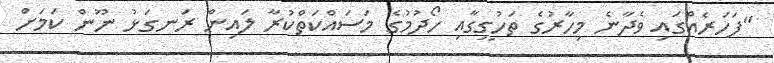
"ފަހަރެއްގައި ވެދާނެ މިހާރުގެ ތަހުގީގާއި ހޯދުމުގެ މަސައްކަތްކުރާ ލައިން ރަނގަޅު ނޫން ކަމަށް